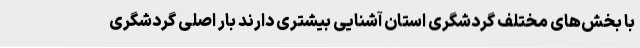
با بخش‌های مختلف گردشگری استان آشنایی بیشتری دارند بار اصلی گردشگری